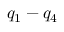
q _ { 1 } - q _ { 4 }